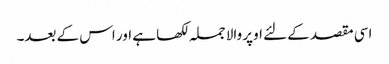
اسی مقصد کے لئے اوپر والا جملہ لکھا ہے اور اس کے بعد۔